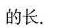
的长。